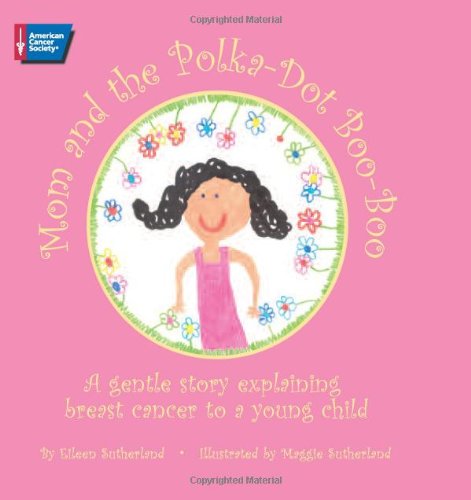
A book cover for Mom and the Polka-Dot Boo-Boo; Eileen Sutherland; Health, Fitness & Dieting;